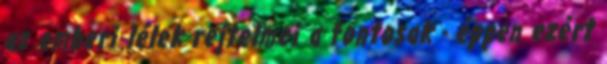
az emberi lélek rejtelmei a fontosak - éppen ezért